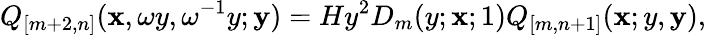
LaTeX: Q_{[m+2,n]}({\mathbf x},\omega y,\omega^{-1}y;{\mathbf y})=Hy^{2}D_{m}(y;{\mathbf x};1)Q_{[m,n+1]}({\mathbf x};y,{\mathbf y}),